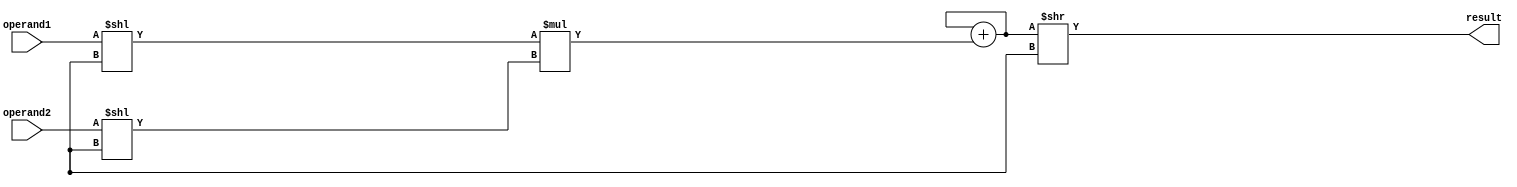
module FixedPointMultiplier (
    input wire [N-1:0] operand1,
    input wire [N-1:0] operand2,
    output wire [2*N-1:0] result
);

// Define parameters
parameter N = 8; // Number of bits for the fixed-point numbers
parameter M = 2*N; // Number of bits for the result

// Define signals
reg [N-1:0] binary_operand1;
reg [N-1:0] binary_operand2;
reg [M-1:0] product;
reg [M-1:0] accumulator;

// Convert fixed-point numbers to binary representation
always @* begin
    binary_operand1 = operand1 << S; // Shift left by S bits
    binary_operand2 = operand2 << S; // Shift left by S bits
end

// Perform fixed-point multiplication
always @* begin
    product = binary_operand1 * binary_operand2; // Perform bit-wise AND operation
    accumulator = accumulator + product; // Accumulate intermediate results
end

// Output final result
assign result = accumulator >> S; // Scale result to desired precision

endmodule